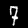
Digit: 7